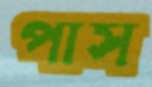
পাস